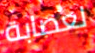
لعصابة